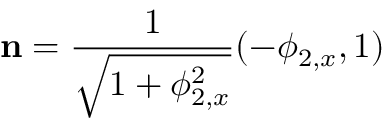
\mathbf { n } = \frac { 1 } { \sqrt { 1 + \phi _ { 2 , x } ^ { 2 } } } ( - \phi _ { 2 , x } , 1 )